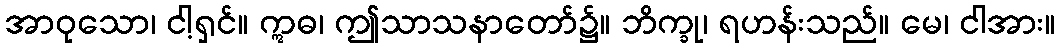
အာဝုသော၊ ငါ့ရှင်။ ဣဓ၊ ဤသာသနာတော်၌။ ဘိက္ခု၊ ရဟန်းသည်။ မေ၊ ငါအား။